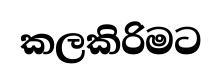
කලකිරිමට